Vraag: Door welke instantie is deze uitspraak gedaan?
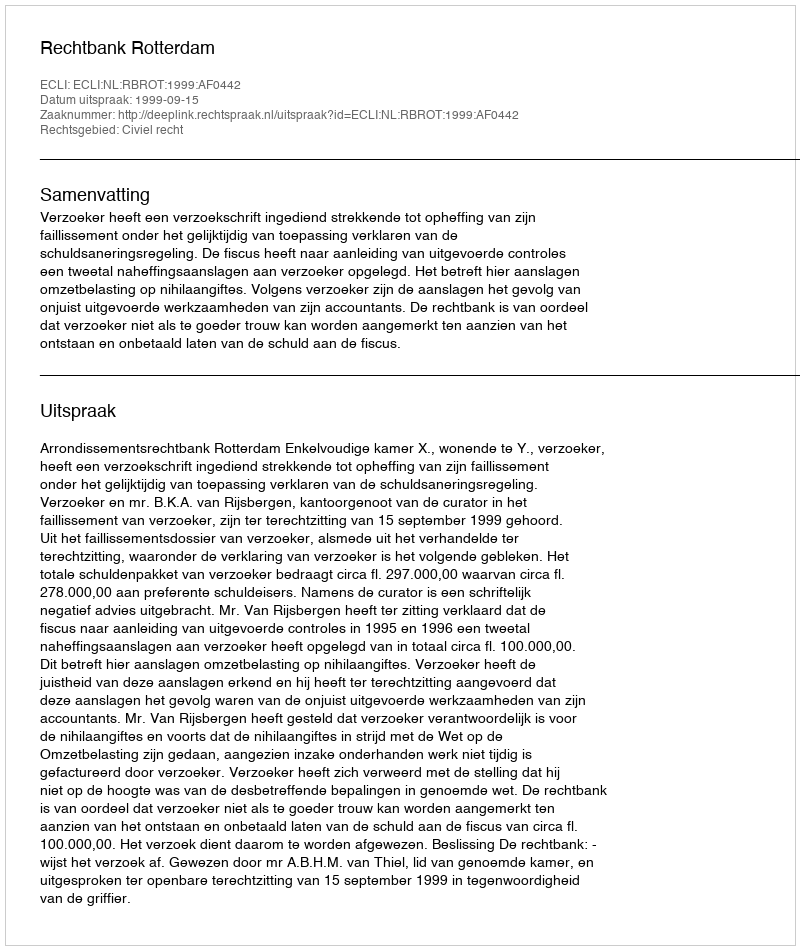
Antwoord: Rechtbank Rotterdam